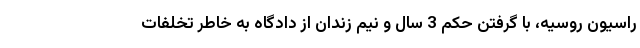
راسیون روسیه، با گرفتن حکم 3 سال و نیم زندان از دادگاه به خاطر تخلفات